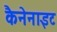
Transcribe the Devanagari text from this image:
कैनेनाइट